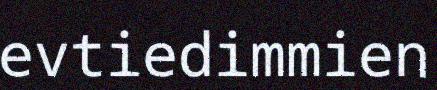
evtiedimmien